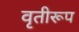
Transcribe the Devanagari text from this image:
वृतीरूप